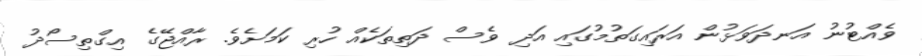
ވެއްޓުނު އަނދަވަޅުން އަރައިގަތުމުގައި އަދި ވެސް ދަތިތަކެއް ހުރި ކަމަށެވެ. ރާއްޖޭގެ އިގްތިސޯދު